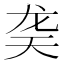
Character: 䶮